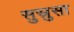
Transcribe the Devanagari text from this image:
सुस्रुसा